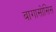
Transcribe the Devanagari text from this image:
बागासोसिस